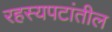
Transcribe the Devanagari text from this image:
रहस्यपटांतील